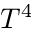
T ^ { 4 }